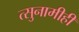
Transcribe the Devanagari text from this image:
त्सुनामीही